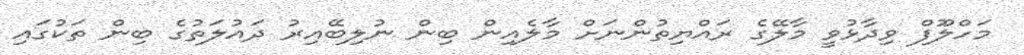
މަހްލޫފް ވިދާޅުވީ މާލޭގެ ރައްޔިތުންނަށް މާލެއިން ބިން ނުލިބޭއިރު ދައުލަތުގެ ބިން ތަކުގައި